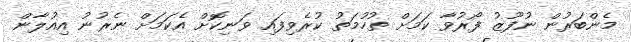
މެންބަރުން ނުފޫޒު ފޯރުވާ ކަމަށް ތުހުމަތު ކުރެވިފައި ވަނިކޮށް އެކަމަށް ނެރުނު އިއުލާން